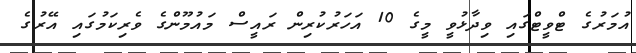
އުމަރުގެ ޓްވީޓްގައި ވިދާޅުވީ މީގެ 10 އަހަރުކުރިން ރައީސް މައުމޫންގެ ވެރިކަމުގައި އޭރުގެ